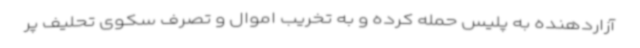
آزاردهنده به پلیس حمله کرده و به تخریب اموال و تصرف سکوی تحلیف پر